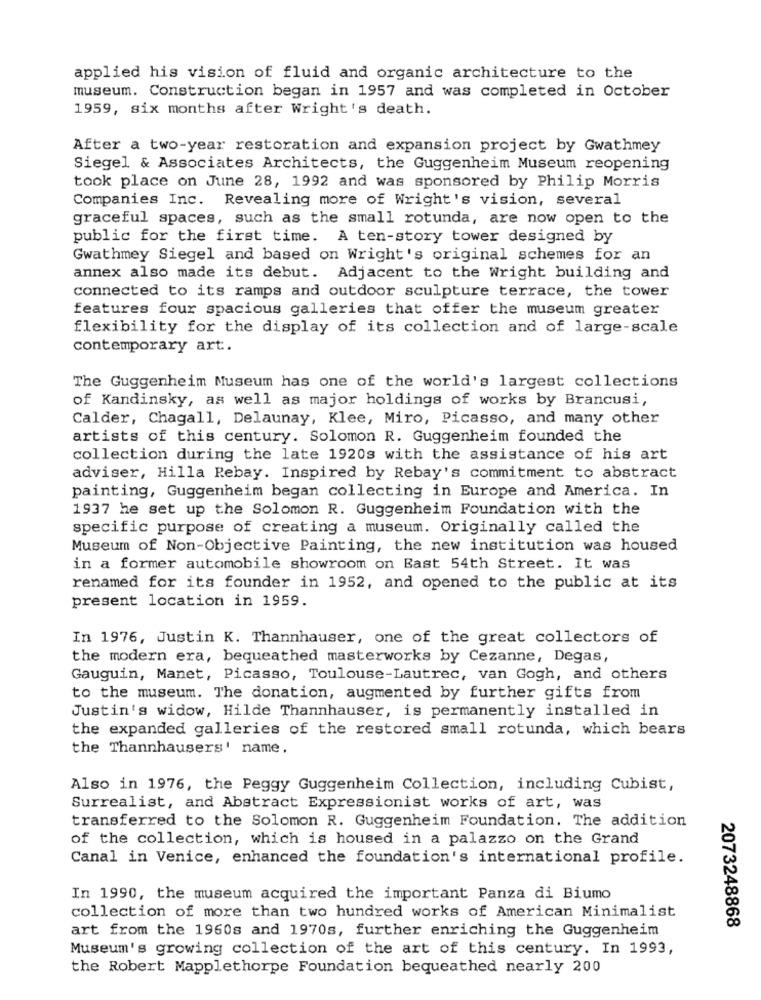
applied his vision of fluid and organic architecture to the
museum. Construction began in 1957 and was completed in October
1959, six months after Wright's death.
After a two-year restoration and expansion project by Gwathmey
Siegel & Associates Architects, the Guggenheim Museum reopening
took place on June 28, 1992 and was sponsored by Philip Morris
Companies Inc. Revealing more of Wright's vision, several
graceful spaces, such as the small rotunda, are now open to the
public for the first time. A ten-story tower designed by
Gwathmey Siegel and based on Wright's original schemes for an
annex also made its debut. Adjacent to the Wright building and
connected to its ramps and outdoor sculpture terrace, the tower
features four spacious galleries that offer the museum greater
flexibility for the display of its collection and of large-scale
contemporary art.
The Guggenheim Museum has one of the world's largest collections
of Kandinsky, as well as major holdings of works by Brancusi,
Calder, Chagall, Delaunay, Klee, Miro, Picasso, and many other
artists of this century. Solomon R. Guggenheim founded the
collection during the late 1920s with the assistance of his art
adviser, Hilla Rebay. Inspired by Rebay's commitment to abstract
painting, Guggenheim began collecting in Europe and America. In
1937 he set up the Solomon R. Guggenheim Foundation with the
specific purpose of creating a museum. Originally called the
Museum of Non-Objective Painting, the new institution was housed
in a former automobile showroom on Bast 54th Street. It was
renamed for its founder in 1952, and opened to the public at its
present location in 1959.
In 1976, Justin K. Thannhauser, one of the great collectors of
the modern era, bequeathed masterworks by Cezanne, Degas,
Gauguin, Manet, Picasso, Toulouse-Lautrec, van Gogh, and others
to the museum. The donation, augmented by further gifts from
Justin's widow, Hilde Thannhauser, is permanently installed in
the expanded galleries of the restored small rotunda, which bears
the Thannhausers' name.
Also in 1976, the Peggy Guggenheim Collection, including Cubist,
Surrealist, and Abstract Expressionist works of art, was
transferred to the Solomon R. Guggenheim Foundation. The addition
of the collection, which is housed in a palazzo on the Grand
Canal in Venice, enhanced the foundation's international profile.
In 1990, the museum acquired the important Panza di Biumo
collection of more than two hundred works of American Minimalist
2073248868
art from the 1960s and 1970s, further enriching the Guggenheim
Museum's growing collection of the art of this century. In 1993,
the Robert Mapplethorpe Foundation bequeathed nearly 200